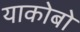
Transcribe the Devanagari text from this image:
याकोबो